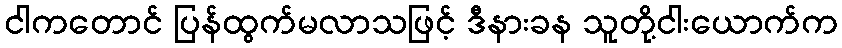
ငါကတောင် ပြန်ထွက်မလာသဖြင့် ဒီနားခန သူတို့ငါးယောက်က